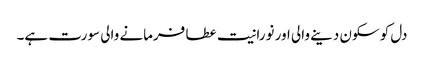
دل کو سکون دینے والی اور نورانیت عطا فرمانے والی سورت ہے۔